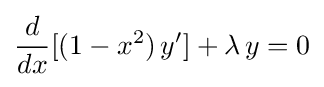
{\frac {d}{dx}}[(1-x^{2})\,y']+\lambda \,y=0